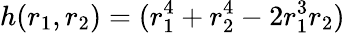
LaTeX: h(r_{1},r_{2})=(r_{1}^{4}+r_{2}^{4}-2r_{1}^{3}r_{2})